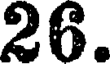
26.